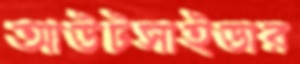
আউটসাইডার